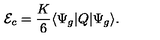
{ \mathcal E } _ { c } = \frac K 6 \langle \Psi _ { g } | Q | \Psi _ { g } \rangle .